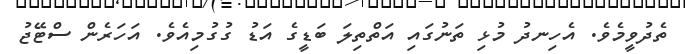
ތެދުވީމެވެ. އެހިނދު މުޅި ތަނުގައި އަތްތިލަ ބަޑީގެ އަޑު ގުގުމިއެވެ. އަހަރެން ސްޓޭޖު